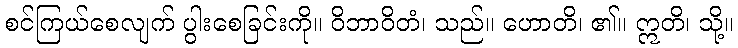
စင်ကြယ်စေလျက် ပွါးစေခြင်းကို။ ဝိဘာဝိတံ၊ သည်။ ဟောတိ၊ ၏။ ဣတိ၊ သို့။